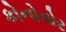
કોનોવોર